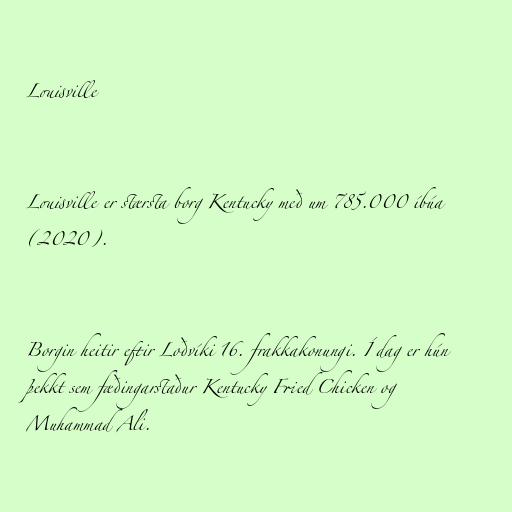
Louisville

Louisville er stærsta borg Kentucky með um 785.000 íbúa
(2020).

Borgin heitir eftir Loðvíki 16. frakkakonungi. Í dag er hún
þekkt sem fæðingarstaður Kentucky Fried Chicken og
Muhammad Ali.